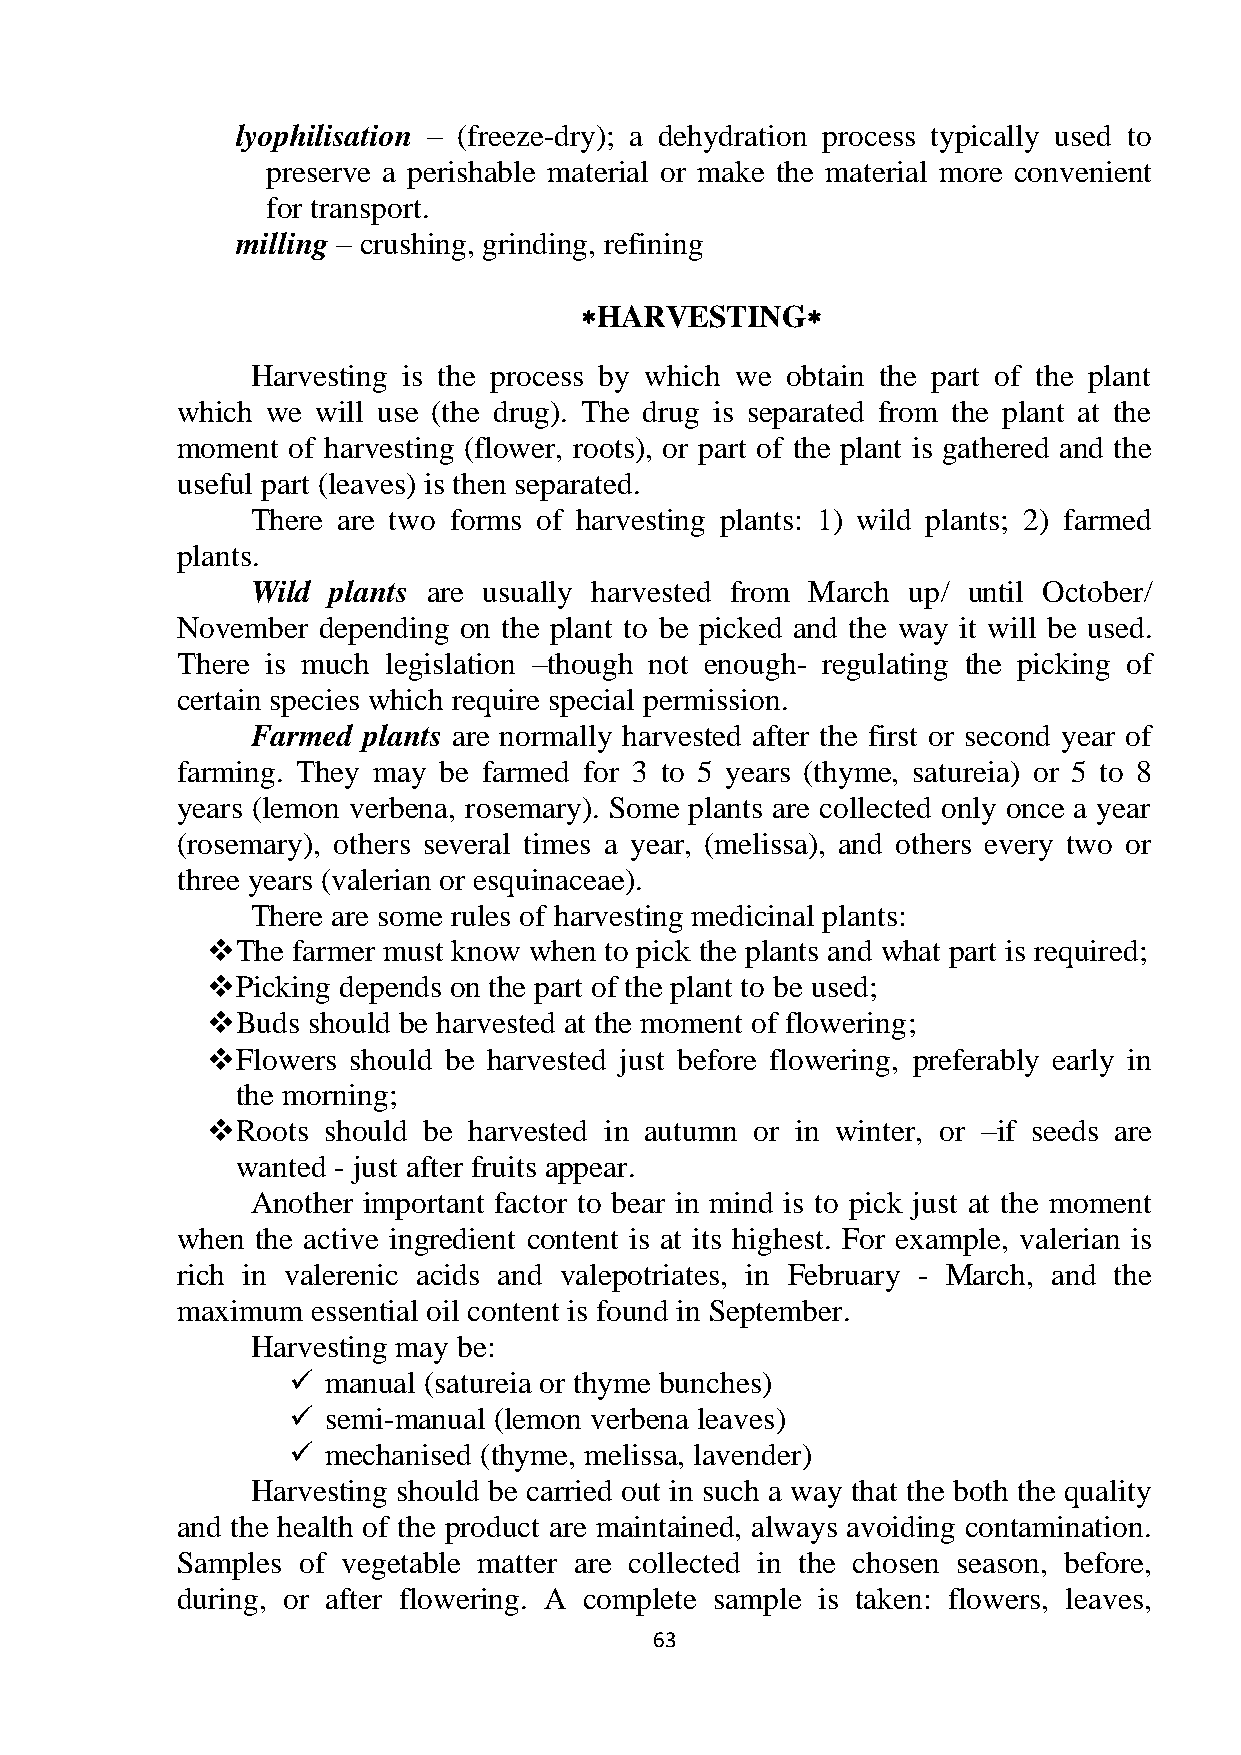
lyophilisation – (freeze-dry); a dehydration process typically used to
 preserve a perishable material or make the material more convenient
 for transport.
 milling – crushing, grinding, refining
 HARVESTING
 Harvesting is the process by which we obtain the part of the plant
 which we will use (the drug). The drug is separated from the plant at the
 moment of harvesting (flower, roots), or part of the plant is gathered and the
 useful part (leaves) is then separated.
 There are two forms of harvesting plants: 1) wild plants; 2) farmed
 plants.
 Wild plants are usually harvested from March up/ until October/
 November depending on the plant to be picked and the way it will be used.
 There is much legislation –though not enough- regulating the picking of
 certain species which require special permission.
 Farmed plants are normally harvested after the first or second year of
 farming. They may be farmed for 3 to 5 years (thyme, satureia) or 5 to 8
 years (lemon verbena, rosemary). Some plants are collected only once a year
 (rosemary), others several times a year, (melissa), and others every two or
 three years (valerian or esquinaceae).
 There are some rules of harvesting medicinal plants:
  The farmer must know when to pick the plants and what part is required;
  Picking depends on the part of the plant to be used;
  Buds should be harvested at the moment of flowering;
  Flowers should be harvested just before flowering, preferably early in
 the morning;
  Roots should be harvested in autumn or in winter, or –if seeds are
 wanted - just after fruits appear.
 Another important factor to bear in mind is to pick just at the moment
 when the active ingredient content is at its highest. For example, valerian is
 rich in valerenic acids and valepotriates, in February - March, and the
 maximum  essential oil content is found in September.
 Harvesting may be:
   manual (satureia or thyme bunches)
   semi-manual (lemon verbena leaves)
   mechanised (thyme, melissa, lavender)
 Harvesting should be carried out in such a way that the both the quality
 and the health of the product are maintained, always avoiding contamination.
 Samples of vegetable matter are collected in the chosen season, before,
 during, or after flowering. A complete sample is taken: flowers, leaves,
 63